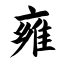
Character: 雍